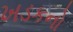
ખડકનો